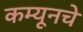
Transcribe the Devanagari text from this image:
कम्यूनचे